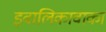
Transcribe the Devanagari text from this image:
इवालिकावाका